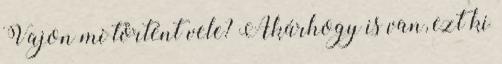
Vajon mi történt vele? Akárhogy is van, ezt ki